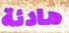
هادئة